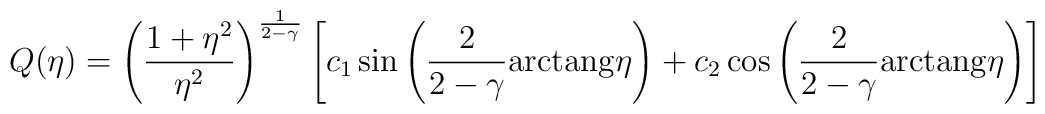
Q(\eta)=\left({{1+\eta^2}\over{\eta^2}}\right)^{1\over{2-\gamma}}\left[c_1\sin\left({2\over{2-\gamma}}{\rm{arctang}}\eta\right)+c_2\cos\left({2\over{2-\gamma}}{\rm{arctang}}\eta\right)\right]